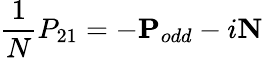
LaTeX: \frac{1}{N}P_{21}=-\mathbf{P}_{odd}-i\mathbf{N}